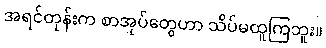
အရင်တုန်းက စာအုပ်တွေဟာ သိပ်မထူကြဘူး။